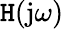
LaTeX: \mathtt{H}(\mathrm{{j}}\omega)